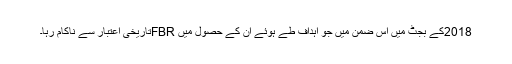
2018کے بجٹ میں اس ضمن میں جو اہداف طے ہوئے ان کے حصول میں FBRتاریخی اعتبار سے ناکام رہا۔